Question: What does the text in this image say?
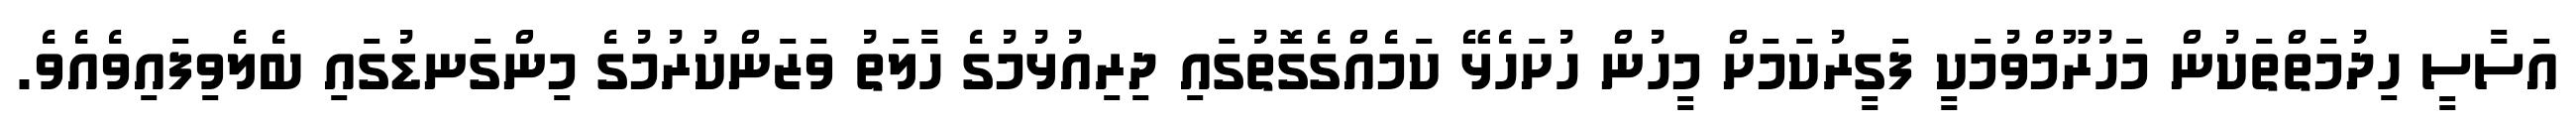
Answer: އަސާސީ ހިދުމަތްތަކުން މަހުރޫމްވުމަކީ ފަގީރުކަމަށް މީހުން ހުށަހެޅޭ ކަމެއްގެގޮތުގައި ދިރިއުޅުމުގެ ހާލަތު ވަޒަންކުރުމުގެ މިންގަނޑުގައި ބެލެވިފައިވެއެވެ.